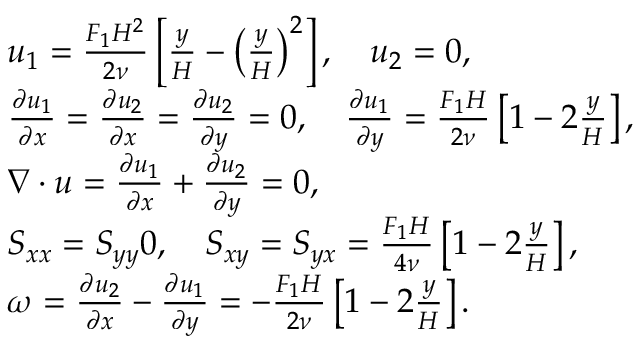
\begin{array} { r l } & { u _ { 1 } = \frac { F _ { 1 } H ^ { 2 } } { 2 \nu } \left[ \frac { y } { H } - \left( \frac { y } { H } \right) ^ { 2 } \right] , \quad u _ { 2 } = 0 , } \\ & { \frac { \partial u _ { 1 } } { \partial x } = \frac { \partial u _ { 2 } } { \partial x } = \frac { \partial u _ { 2 } } { \partial y } = 0 , \quad \frac { \partial u _ { 1 } } { \partial y } = \frac { F _ { 1 } H } { 2 \nu } \left[ 1 - 2 \frac { y } { H } \right] , } \\ & { \nabla \cdot u = \frac { \partial u _ { 1 } } { \partial x } + \frac { \partial u _ { 2 } } { \partial y } = 0 , } \\ & { S _ { x x } = S _ { y y } 0 , \quad S _ { x y } = S _ { y x } = \frac { F _ { 1 } H } { 4 \nu } \left[ 1 - 2 \frac { y } { H } \right] , } \\ & { \omega = \frac { \partial u _ { 2 } } { \partial x } - \frac { \partial u _ { 1 } } { \partial y } = - \frac { F _ { 1 } H } { 2 \nu } \left[ 1 - 2 \frac { y } { H } \right] . } \end{array}